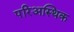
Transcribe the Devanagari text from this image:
परिअस्थिक